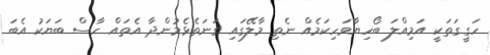
ހަގީގަތަކީ އަމިއްލަ ބޯހިޔާވަހިކަމެއް ނެތި މާލޭގައި ގަނަތެޅެމުންދާ އެތައް ހާސް ބަޔަކު އެބަ